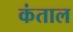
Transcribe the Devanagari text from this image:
कंताल